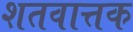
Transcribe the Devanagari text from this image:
शतवात्तक